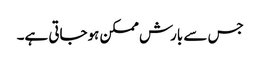
جس سے بارش ممکن ہوجاتی ہے۔